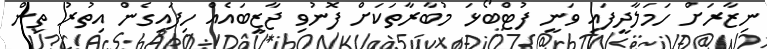
ނިޒާރަށް ހަމަލާދީފައި ވަނީ ފުޓްބޯޅަ މުބާރާތަކަށް ފޮނުވި ޖާޒީބައެއް ހިފައިގެން އިތުރު ތިން